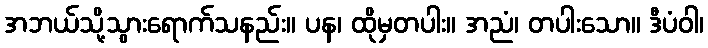
အဘယ်သို့သွားရောက်သနည်း။ ပန၊ ထိုမှတပါး။ အညံ၊ တပါးသော။ ဒီပံဝါ၊